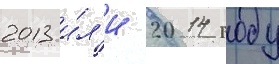
2013 и́л'и 2014 году